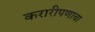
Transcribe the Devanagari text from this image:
करारीपणाचा